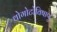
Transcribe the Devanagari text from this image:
थोगोटोविषाणु